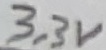
Text: 3.3V